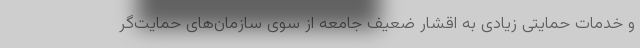
و خدمات حمایتی زیادی به اقشار ضعیف جامعه از سوی سازمان‌های حمایت‌گر